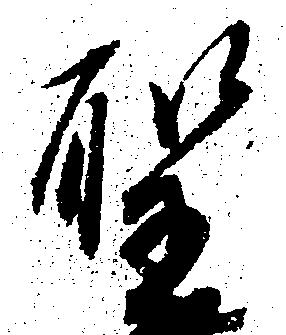
聖